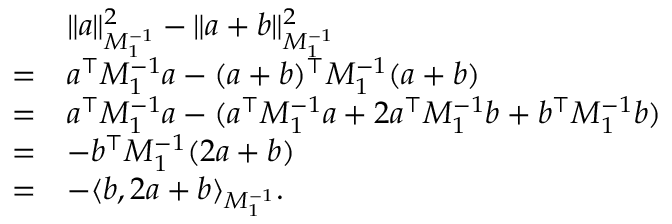
\begin{array} { r l } & { \Vert a \Vert _ { M _ { 1 } ^ { - 1 } } ^ { 2 } - \Vert a + b \Vert _ { M _ { 1 } ^ { - 1 } } ^ { 2 } } \\ { = } & { a ^ { \top } M _ { 1 } ^ { - 1 } a - ( a + b ) ^ { \top } M _ { 1 } ^ { - 1 } ( a + b ) } \\ { = } & { a ^ { \top } M _ { 1 } ^ { - 1 } a - ( a ^ { \top } M _ { 1 } ^ { - 1 } a + 2 a ^ { \top } M _ { 1 } ^ { - 1 } b + b ^ { \top } M _ { 1 } ^ { - 1 } b ) } \\ { = } & { - b ^ { \top } M _ { 1 } ^ { - 1 } ( 2 a + b ) } \\ { = } & { - \langle b , 2 a + b \rangle _ { M _ { 1 } ^ { - 1 } } . } \end{array}